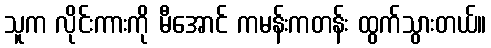
သူက လိုင်းကားကို မီအောင် ကမန်းကတန်း ထွက်သွားတယ်။